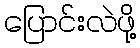
ပြောင်းလဲဖို့